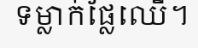
ទម្លាក់ផ្លែឈើ។